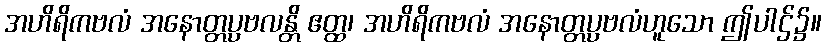
အဟိရိကဗလံ အနောတ္တပ္ပဗလန္တိ ဧတ္ထ၊ အဟိရိကဗလံ အနောတ္တပ္ပဗလံဟူသော ဤပါဌ်၌။